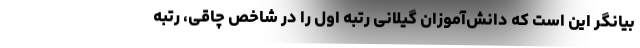
بیانگر این است که دانش‌آموزان گیلانی رتبه اول را در شاخص چاقی، رتبه